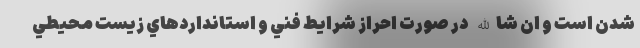
شدن است و ان شاالله در صورت احراز شرايط فني و استانداردهاي زيست محيطي